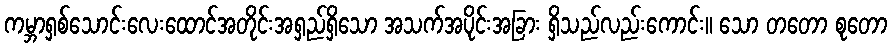
ကမ္ဘာရှစ်သောင်းလေးထောင်အတိုင်းအရှည်ရှိသော အသက်အပိုင်းအခြား ရှိသည်လည်းကောင်း။ သော တတော စုတော